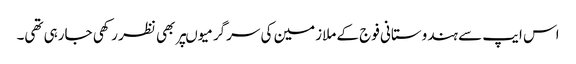
اس ایپ سے ہندوستانی فوج کے ملازمین کی سرگرمیوںپر بھی نظر رکھی جارہی تھی۔